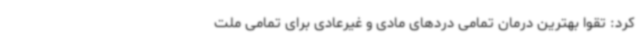
کرد: تقوا بهترین درمان تمامی دردهای مادی و غیرعادی برای تمامی ملت